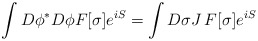
\begin{align*}\int D\phi^{*}D\phi F[\sigma ]e^{iS}=\int D\sigma J \, F[\sigma ] e^{iS}\end{align*}